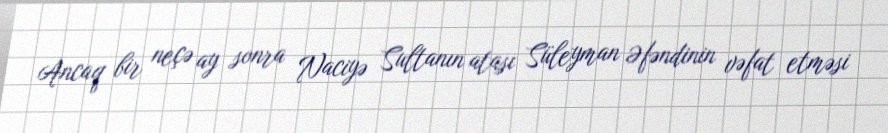
Ancaq bir neçə ay sonra Naciyə Sultanın atası Süleyman Əfəndinin vəfat etməsi